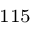
^ \mathrm { 1 1 5 }